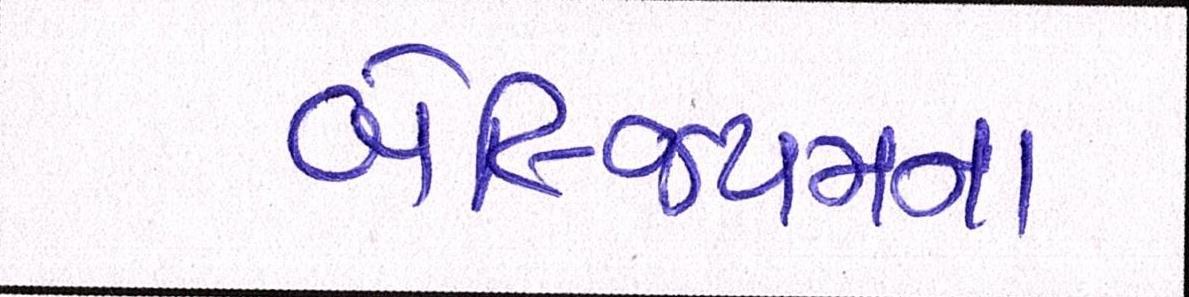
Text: બેલ્જિયમના